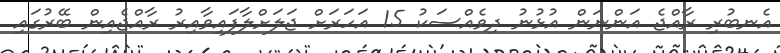
އެނބުރި ރާއްޖެ އަންނަން އުޅުނު ދިވެއްސަކު 15 އަހަރަށް ޖަލަށްލާފައިވާއިރު ރާއްޖެއިން ބޭރުގައި